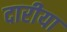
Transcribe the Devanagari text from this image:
दारीया